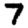
Digit: 7